Indian journal of veterinary science and animal husbandry - Volume 6,
Year: 1936
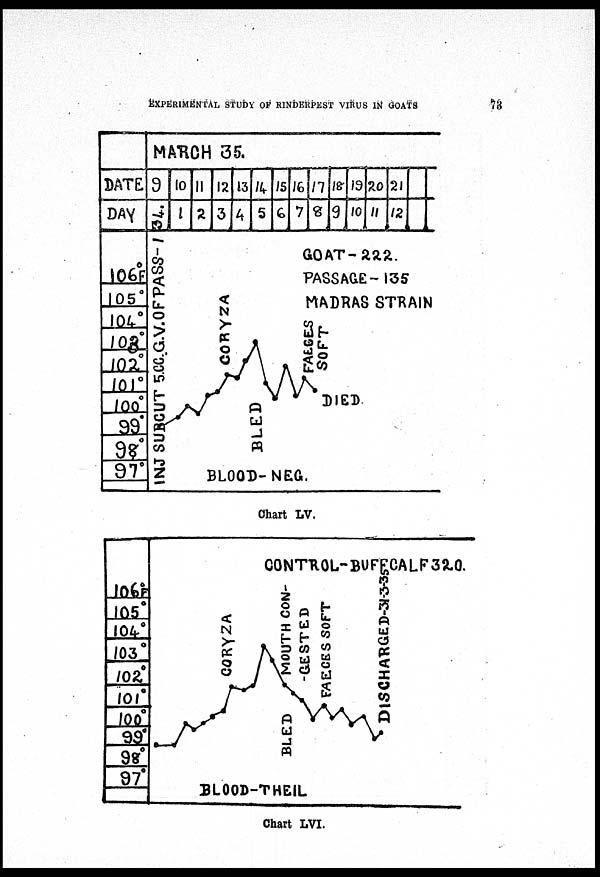
EXPERIMENTAL STUDY OF RINDERPEST VIRUS IN
GOATS
73
Chart LV.
Chart LVI.